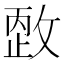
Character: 𰕏